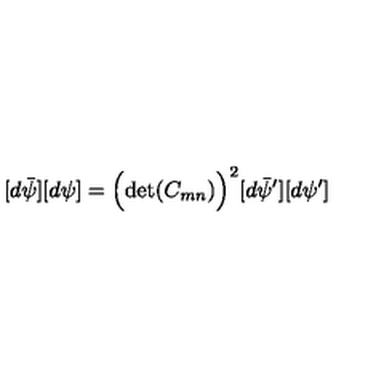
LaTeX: [ d \bar { \psi } ] [ d \psi ] = \Bigl ( \det ( C _ { m n } ) \Bigr ) ^ { 2 } [ d \bar { \psi } ^ { \prime } ] [ d \psi ^ { \prime } ]